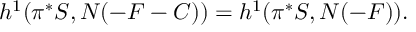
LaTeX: h ^ { 1 } ( \pi ^ { * } { \cal S } , N ( - F - C ) ) = h ^ { 1 } ( \pi ^ { * } { \cal S } , N ( - F ) ) .